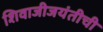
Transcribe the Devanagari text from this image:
शिवाजीजयंतीची